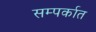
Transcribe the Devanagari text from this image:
सम्पर्कात